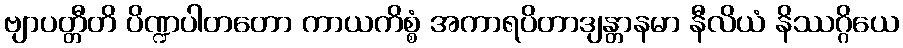
ဗျာပတ္တီတိ ပိဏ္ဍပါတတော ကာယကိစ္စံ အကာရပိတာဒျန္တာနမာ နီလိယံ နိဿဂ္ဂိယေ